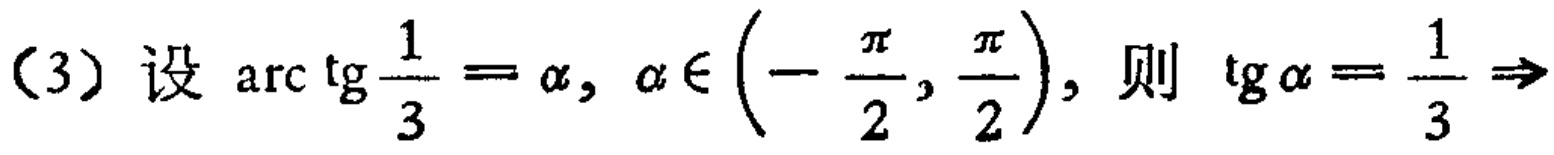
(3) 设 $\arctan\frac{1}{3}=\alpha, \alpha\in\left(-\frac{\pi}{2},\frac{\pi}{2}\right)$, 则 $\tan\alpha = \frac{1}{3}\Rightarrow$